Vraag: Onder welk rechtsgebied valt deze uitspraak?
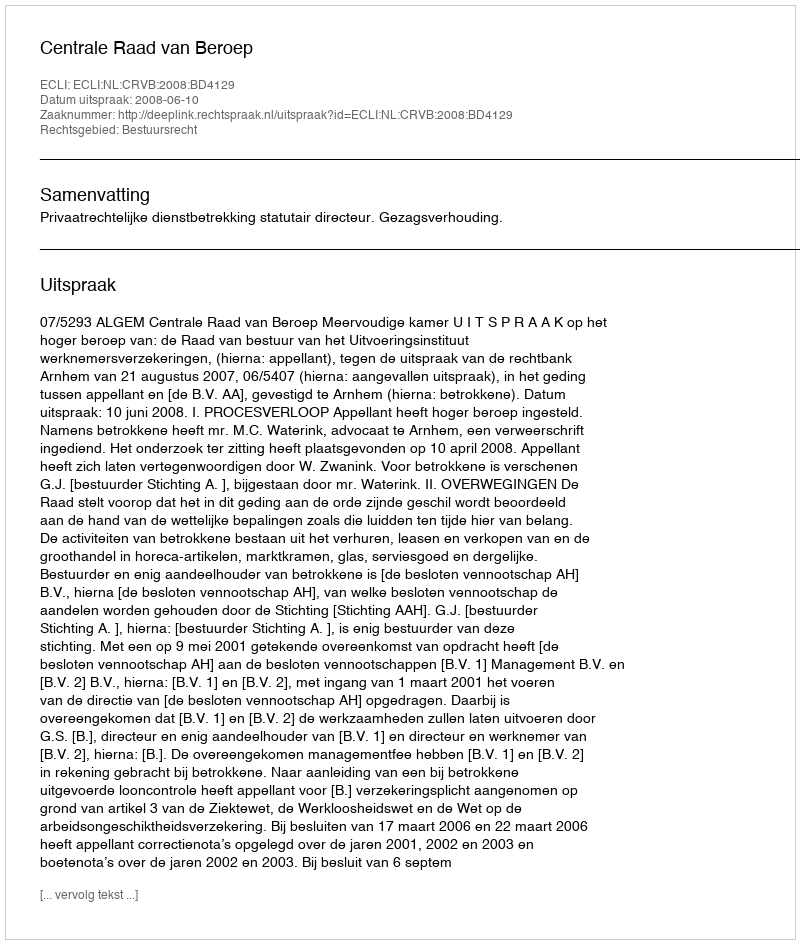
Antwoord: Bestuursrecht